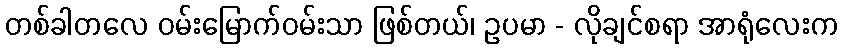
တစ်ခါတလေ ဝမ်းမြောက်ဝမ်းသာ ဖြစ်တယ်၊ ဥပမာ - လိုချင်စရာ အာရုံလေးက